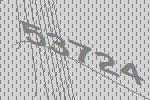
53724